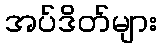
အပ်ဒိတ်များ